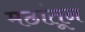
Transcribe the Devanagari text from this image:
मठांतून